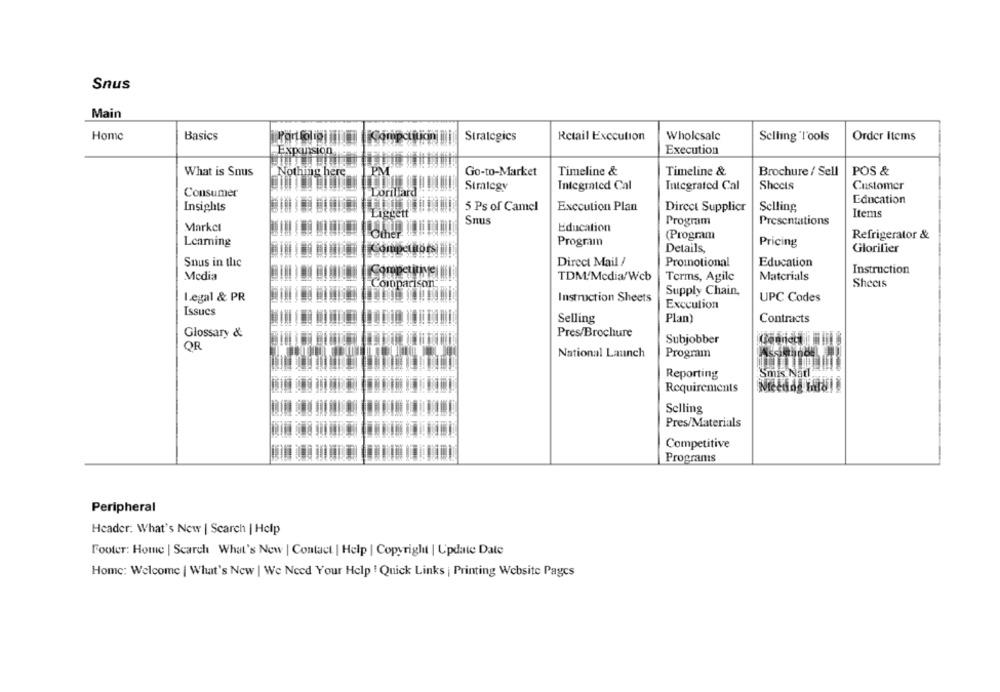
Snus
Main
Home
Basics
Strategics
Retail Execution
Wholesale
Selling Tools
Order Items
Expansion
Execution
What is Smuis
Nothing here
PM
Go-to-Market
Timeline &
Timeline &
Brochure / Sell
POS &
Simicgy
Integrated Cal
Integrated Cal
Sheets
Customer
Consumer
Lorillard
Education
Insights
5 Ps of Camel
Execution Plan
Direct Supplier
Selling
Liggett
Items
Snus
Program
Presentations
Market
Education
Other
(Program
Refrigerator &
Leaming
Program
Pricing
Competaors
Details,
Glorifier
Snus in the
Direct Mail /
Promotional
Education
Instruction
Media
Competitive
TDM/Media/Web
Terms, Agile
Materials
Comparison
Sheets
Supply Chain,
Legal & PR
Instruction Sheets
UPC Codes
Execution
Issues
Contracts
Selling
Plan)
Pres/Brochure
Glossary &
Subjobber
OR
National Launch
Program
Assimanos
Reporting
Smis Natl
Requirements
Selling
Pres/Materials
Competitive
Progrants
Peripheral
Header: What's New | Search | Help
Footer: Home | Search What's New | Contact | Help | Copyright | Update Date
Home: Welcome | What's New | We Need Your Help ! Quick Links | Printing Website Pages